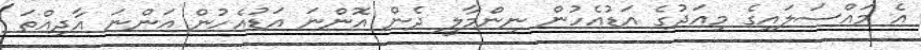
އެ މައްސަލައިގެ މިއަދުގެ އަޑުއެހުން ނިންމާލީ ދެން އޮންނަ އަޑުއެހުން އަންނަ އާދިއްތަ